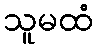
သူမထံ